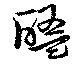
醢